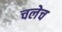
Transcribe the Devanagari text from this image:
चलेच